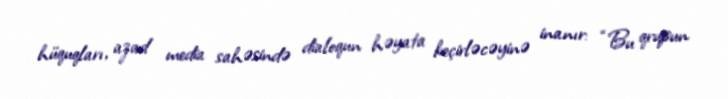
hüquqları, azad media sahəsində dialoqun həyata keçirləcəyinə inanır: “Bu qrupun